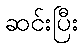
ဆင်းပြီး